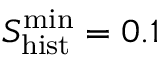
S _ { \mathrm { h i s t } } ^ { \mathrm { m i n } } = 0 . 1